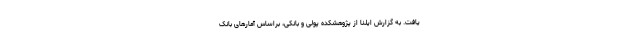
یافت. به گزارش ایلنا از پژوهشکده پولی و بانکی، براساس آمارهای بانک